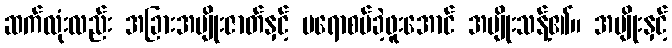
ဆက်လုံးလည်း အခြားအမျိုးဇာတ်နှင့် မရောစပ်ခဲ့ဖူးအောင် အမျိုးသန့်၏။ အမျိုးနှင့်